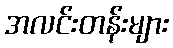
အလင်းတန်းများ